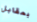
بمقابل